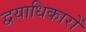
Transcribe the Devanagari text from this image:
द्वयाधिकारों